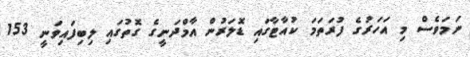
ނަމަވެސް މި އަހަރުގެ ފުރަތަމަ ކުއާޓާގައި ޑޮލަރުން އާމްދަނީގެ ގޮތުގައި ލިބިފައިވަނީ 153